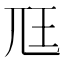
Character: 尫